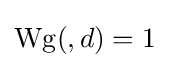
\operatorname {Wg} (,d)=1